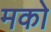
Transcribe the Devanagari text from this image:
मको